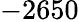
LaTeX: -2650